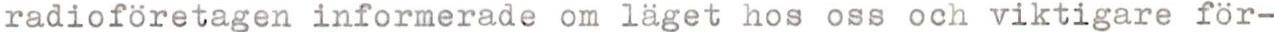
radioföretagen informerade om läget hos oss och viktigare för-